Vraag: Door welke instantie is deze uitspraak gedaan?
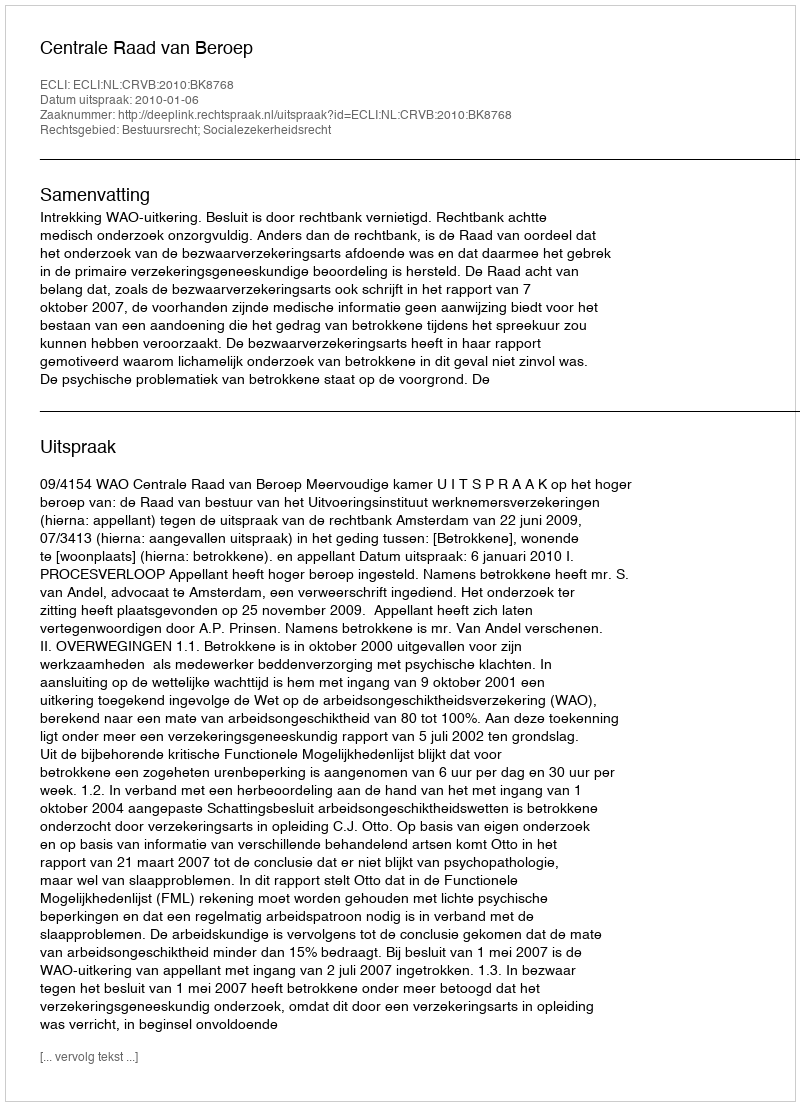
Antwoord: Centrale Raad van Beroep